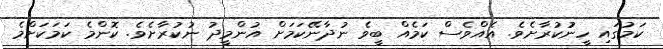
ކަމުގައި ހީނުުކުރާށެވެ. އެއްވެސް ކަމެއް ބީވެ ނުދާނޭކަމަށް އުންމީދު ނުކުރާށެވެ. ކޮންމެ ކަމަކަށްމެ